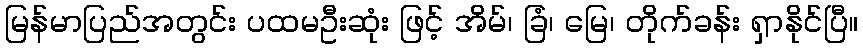
မြန်မာပြည်အတွင်း ပထမဦးဆုံး ဖြင့် အိမ်၊ ခြံ၊ မြေ၊ တိုက်ခန်း ရှာနိုင်ပြီ။